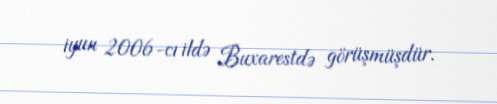
iyun 2006-cı ildə Buxarestdə görüşmüşdür.